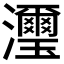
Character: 𤄽